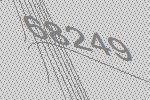
68249